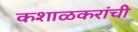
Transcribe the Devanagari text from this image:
कशाळकरांची